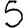
Digit: 5